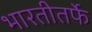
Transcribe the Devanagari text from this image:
भारतीतर्फे